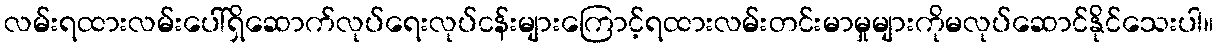
လမ်းရထားလမ်းပေါ်ရှိဆောက်လုပ်ရေးလုပ်ငန်းများကြောင့်ရထားလမ်းတင်းမာမှုများကိုမလုပ်ဆောင်နိုင်သေးပါ။